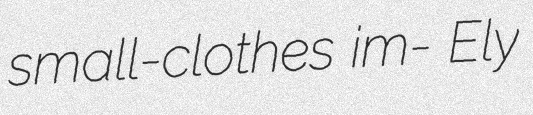
small-clothes im- Ely